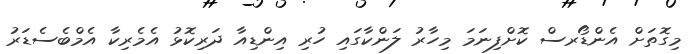
މިގޮތަށް އެންޑޯރސް ކޮށްފިނަމަ މިހާރު ލަންކާގައި ހުރި އިންޑިއާ ދަރިކޮޅު އެމެރިކާ އެމްބެސެޑަރު